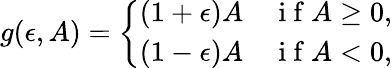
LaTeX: g(\epsilon,A)=\left\{ \begin{array}{ll}{(1+\epsilon)A}&{\mathrm{~i~f~}A\geq 0,}\\ {(1-\epsilon)A}&{\mathrm{~i~f~}A<0,}\end{array}\right.